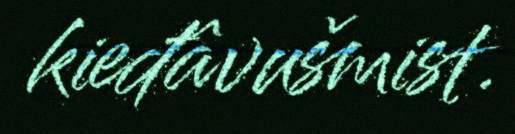
kieđâvušmist.